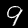
Label: 9